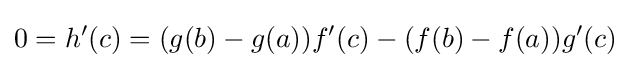
0=h'(c)=(g(b)-g(a))f'(c)-(f(b)-f(a))g'(c)